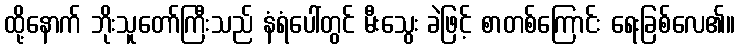
ထို့နောက် ဘိုးသူတော်ကြီးသည် နံရံပေါ်တွင် မီးသွေး ခဲဖြင့် စာတစ်ကြောင်း ရေးခြစ်လေ၏။